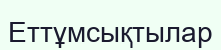
Еттұмсықтылар